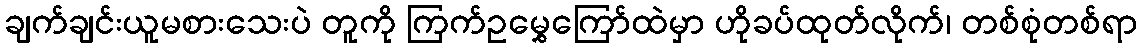
ချက်ချင်းယူမစားသေးပဲ တူကို ကြက်ဥမွှေကြော်ထဲမှာ ဟိုခပ်ထုတ်လိုက်၊ တစ်စုံတစ်ရာ